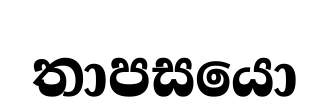
තාපසයො